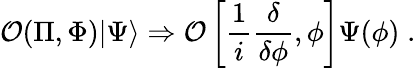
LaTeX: {\cal O}(\Pi,\Phi)|\Psi\rangle\Rightarrow{\cal O}\left[\frac{1}{i}\frac{\delta}{\delta\phi},\phi\right]\Psi(\phi)\; .